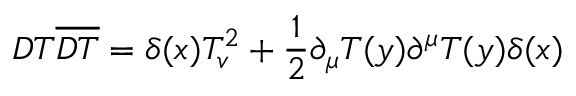
D T \overline { { { D T } } } = \delta ( x ) T _ { v } ^ { 2 } + \frac { 1 } { 2 } \partial _ { \mu } T ( y ) \partial ^ { \mu } T ( y ) \delta ( x )